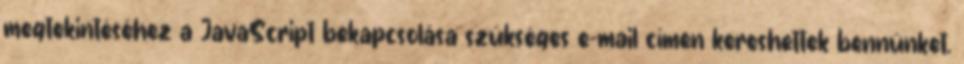
megtekintéséhez a JavaScript bekapcsolása szükséges e-mail címen kereshettek bennünket.